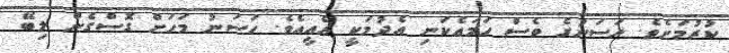
ކުރުމަށެވެ. ހަސަނުގެ ވެސް ހަމައެކަނި އެދުމަކީ އެއީއެވެ. ހަސަނު މަހަށް ގޮސްގެން ލިބޭ